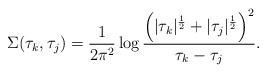
LaTeX: \begin{align*}\Sigma(\tau_k,\tau_j)=\frac{1}{2\pi^{2}}\log\frac{\left(|\tau_k|^{\frac{1}{2}}+|\tau_j|^{\frac{1}{2}}\right)^2}{\tau_k-\tau_j}.\end{align*}